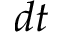
d t